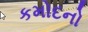
કમોદનો